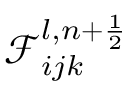
\mathcal { F } _ { i j k } ^ { l , n + \frac { 1 } { 2 } }